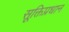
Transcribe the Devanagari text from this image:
सूक्तिप्रधान